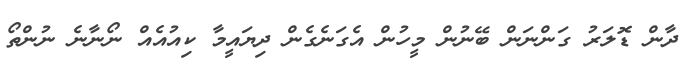
ދާން ޑޮލަރު ގަންނަން ބޭނުން މީހުން އެގަނެގެން ދިޔައީމާ ކިއުއެއް ނޯނާނެ ނުންތޯ